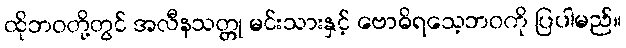
ထိုဘဝတို့တွင် အလီနသတ္တု မင်းသားနှင့် ဗောဓိရသေ့ဘဝကို ပြပါမည်။